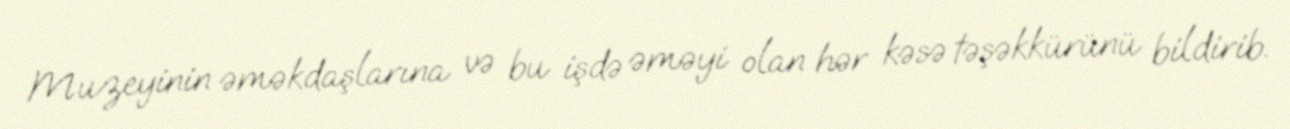
Muzeyinin əməkdaşlarına və bu işdə əməyi olan hər kəsə təşəkkürünü bildirib.